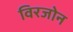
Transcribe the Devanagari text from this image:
विरजोन